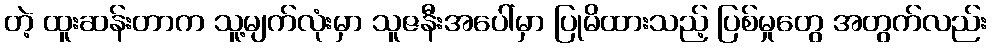
တဲ့ ထူးဆန်းတာက သူ့မျက်လုံးမှာ သူဇနီးအပေါ်မှာ ပြုမိထားသည့် ပြစ်မှုတွေ အတွက်လည်း